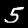
Digit: 5